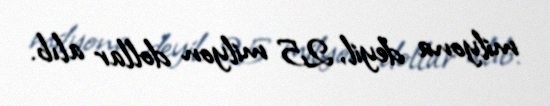
milyona deyil, 25 milyon dollar alıb.